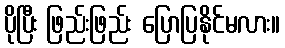
ပိုပြီး ဖြည်းဖြည်း ပြောပြနိုင်မလား။